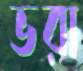
ভরা